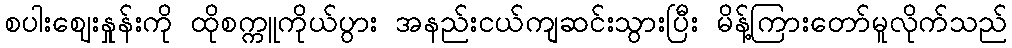
စပါးဈေးနှုန်းကို ထိုစက္ကူကိုယ်ပွား အနည်းငယ်ကျဆင်းသွားပြီး မိန့်ကြားတော်မူလိုက်သည်